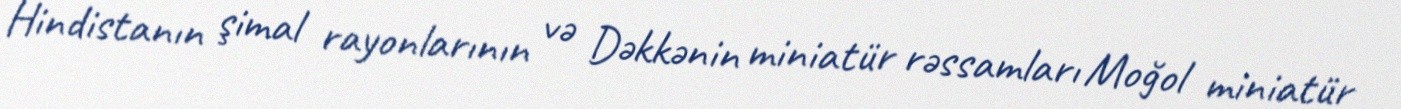
Hindistanın şimal rayonlarının və Dəkkənin miniatür rəssamları Moğol miniatür